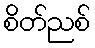
စိတ်ညစ်